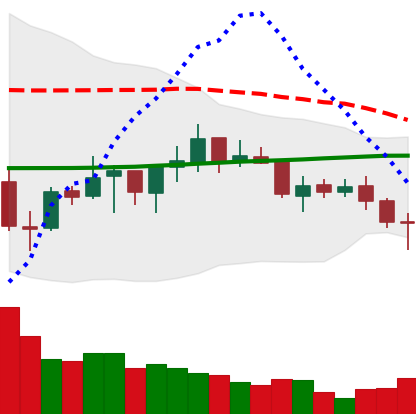
Ticker: ADA-USD
Chart end date: 2021-07-14
Forward return: -11.182%
Label: down_7plus